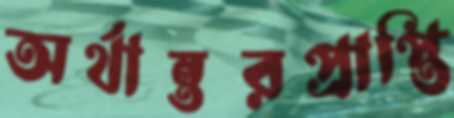
অর্থান্তরপ্রাপ্তি